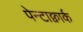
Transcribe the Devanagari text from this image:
पेन्टाक्वार्क